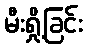
မီးရှို့ခြင်း